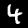
Digit: 4